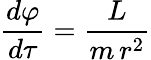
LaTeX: {\frac{d\varphi}{d\tau}}={\frac{L}{m\, r^{2}}}